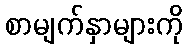
စာမျက်နှာများကို